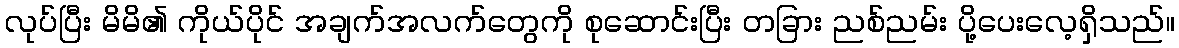
လုပ်ပြီး မိမိ၏ ကိုယ်ပိုင် အချက်အလက်တွေကို စုဆောင်းပြီး တခြား ညစ်ညမ်း ပို့ပေးလေ့ရှိသည်။